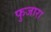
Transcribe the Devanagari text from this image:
फुजारा